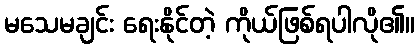
မသေမချင်း ရေးနိုင်တဲ့ ကိုယ်ဖြစ်ရပါလို၏။